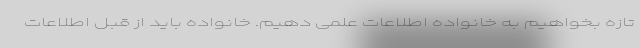
تازه بخواهیم به خانواده اطلاعات علمی دهیم. خانواده باید از قبل اطلاعات